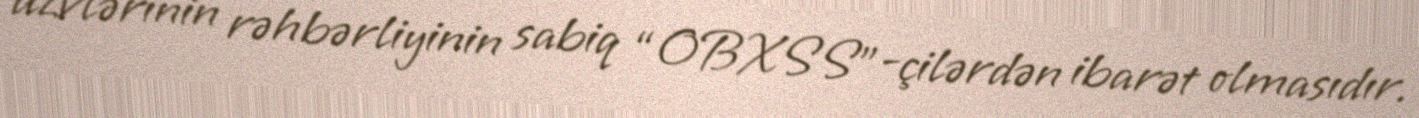
üzvlərinin rəhbərliyinin sabiq “OBXSS”-çilərdən ibarət olmasıdır.